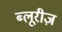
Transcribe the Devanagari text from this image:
ब्लूरीज़